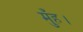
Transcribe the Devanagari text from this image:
मुँह।